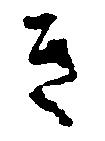
き